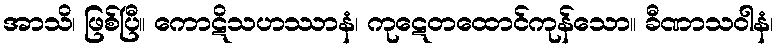
အာသိ၊ ဖြစ်ပြီ။ ကောဋိသဟဿာနံ၊ ကုဋေတထောင်ကုန်သော။ ခီဏာသဝါနံ၊